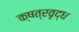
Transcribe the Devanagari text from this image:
क्षत्रवृद्ध